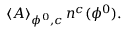
\left\langle A \right\rangle _ { \phi ^ { 0 } , c } n ^ { c } ( \phi ^ { 0 } ) .